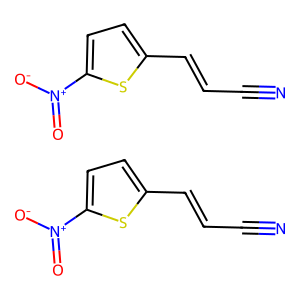
SMILES: N#CC=Cc1ccc([N+](=O)[O-])s1.N#CC=Cc1ccc([N+](=O)[O-])s1
Inhibits HIV replication: No